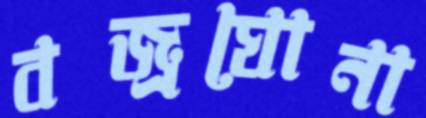
বজ্রঘোনা